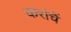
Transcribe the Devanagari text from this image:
करांचें